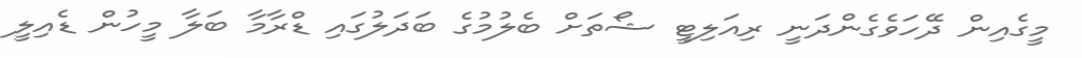
މީގެއިން ދޭހަވެގެންދަނީ ރިއަލިޓީ ޝޯތަށް ބެލުމުގެ ބަދަލުގައި ޑްރާމާ ބަލާ މީހުން ޑެއިލީ